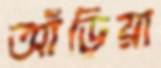
আঁড়িয়া